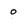
Character: o